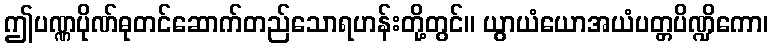
ဤပဏ္ဏပိုဏ်ဓုတင်ဆောက်တည်သောရဟန်းတို့တွင်။ ယွာယံယောအယံပတ္တပိဏ္ဍိကော၊